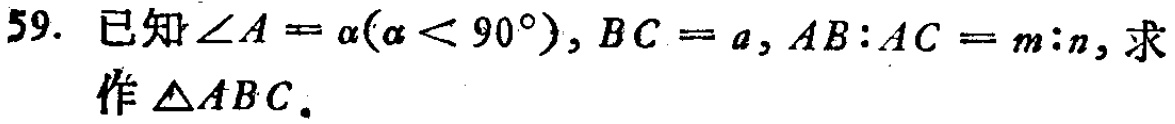
59. 已知\(\angle A = \alpha(\alpha < 90^{\circ}), BC = a, AB:AC = m:n\)，求作\(\triangle ABC\)。